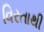
વિરતાથી